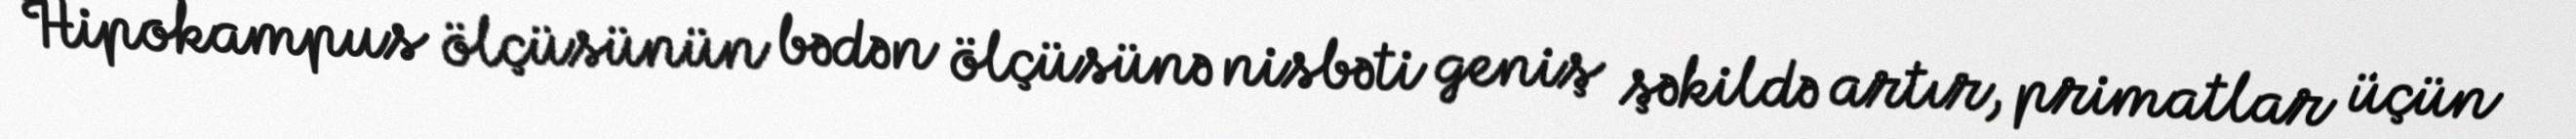
Hipokampus ölçüsünün bədən ölçüsünə nisbəti geniş şəkildə artır, primatlar üçün